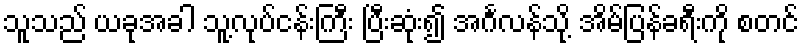
သူသည် ယခုအခါ သူ့လုပ်ငန်းကြီး ပြီးဆုံး၍ အင်္ဂလန်သို့ အိမ်ပြန်ခရီးကို စတင်